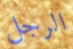
الرجل